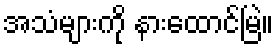
အသံများကို နားထောင်မြဲ။